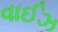
વાઈઝ